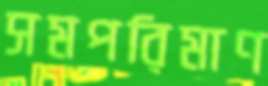
সমপরিমাণ